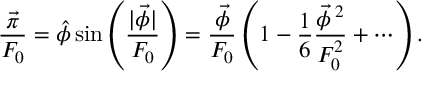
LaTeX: \frac { \vec { \pi } } { F _ { 0 } } = \hat { \phi } \sin \left( \frac { | \vec { \phi } | } { F _ { 0 } } \right) = \frac { \vec { \phi } } { F _ { 0 } } \left( 1 - \frac { 1 } { 6 } \frac { \vec { \phi } \, ^ { 2 } } { F _ { 0 } ^ { 2 } } + \cdots \right) .